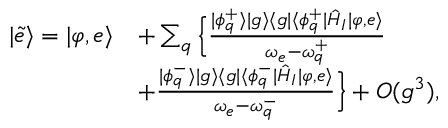
\begin{array} { r l } { | \tilde { e } \rangle = | \varphi , e \rangle } & { + \sum _ { q } \Big \{ \frac { | \phi _ { q } ^ { + } \rangle | g \rangle \langle g | \langle \phi _ { q } ^ { + } | \hat { H } _ { I } | \varphi , e \rangle } { \omega _ { e } - \omega _ { q } ^ { + } } } \\ & { + \frac { | \phi _ { q } ^ { - } \rangle | g \rangle \langle g | \langle \phi _ { q } ^ { - } | \hat { H } _ { I } | \varphi , e \rangle } { \omega _ { e } - \omega _ { q } ^ { - } } \Big \} + O ( g ^ { 3 } ) , } \end{array}